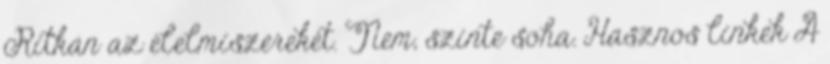
Ritkán az élelmiszerekét. Nem, szinte soha. Hasznos linkek A